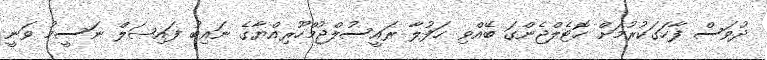
ދުވަސް ފާހަގަކުރުމަށް ހޮޓެލްޖެންގަ ބޭއްވި ޙަފުލާ ރައީސުލްޖުމްހޫރިއްޔާގެ ނައިބު ފައިޞަލް ނަސީމު ވަނީ